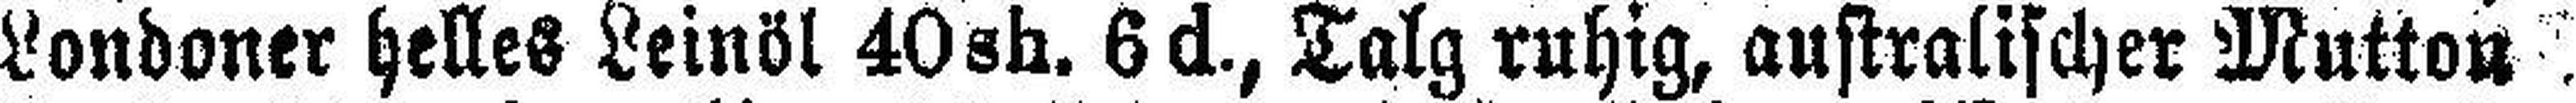
Londoner helles Leinöl 40 sh. 6 d., Talg ruhig, australischer Mutton